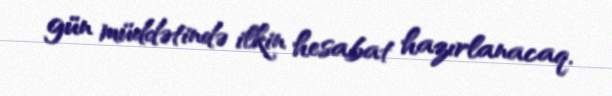
gün müddətində ilkin hesabat hazırlanacaq.